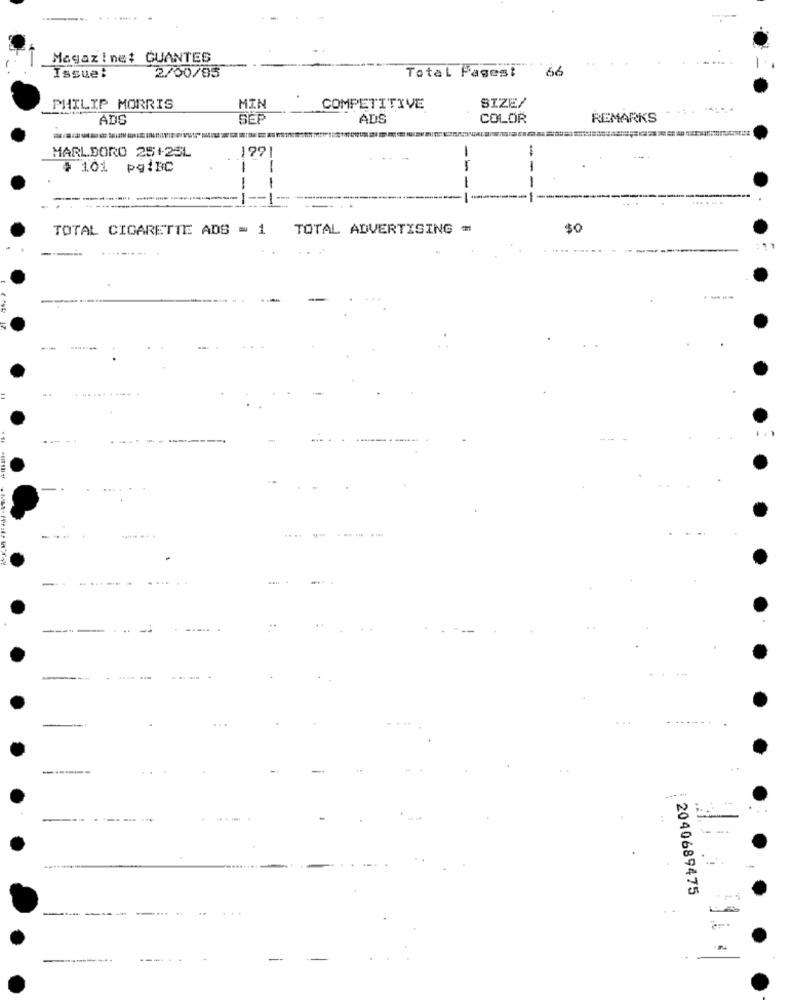
Magazine: GUANTES
2/00/85
Total Fagest
66
Issue:
SIZE/
PHILIP MORRIS
MIN
COMPETITIVE
ADS
ADS
COLOR
REMARKS
MARLBORO 25+23L
199
# 101
pqIBC
--
-
-
... . ...
TOTAL CIGARETTE ADS = 1
TOTAL ADVERTISING =
$0
----
-------
--
--
2040689475
----